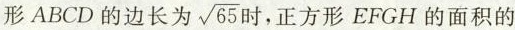
形ABCD的边长为 \sqrt{65} 时，正方形EFGH的面积的